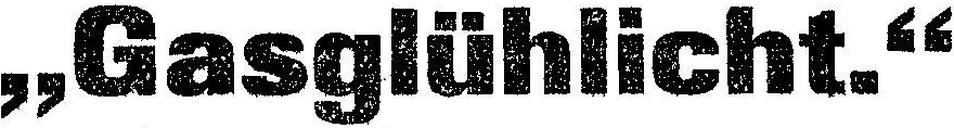
„Gasglühlicht.“